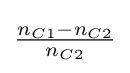
{\tfrac {n_{C1}-n_{C2}}{n_{C2}}}